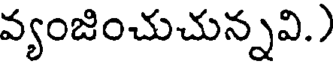
వ్యంజించుచున్నవి.)